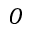
O